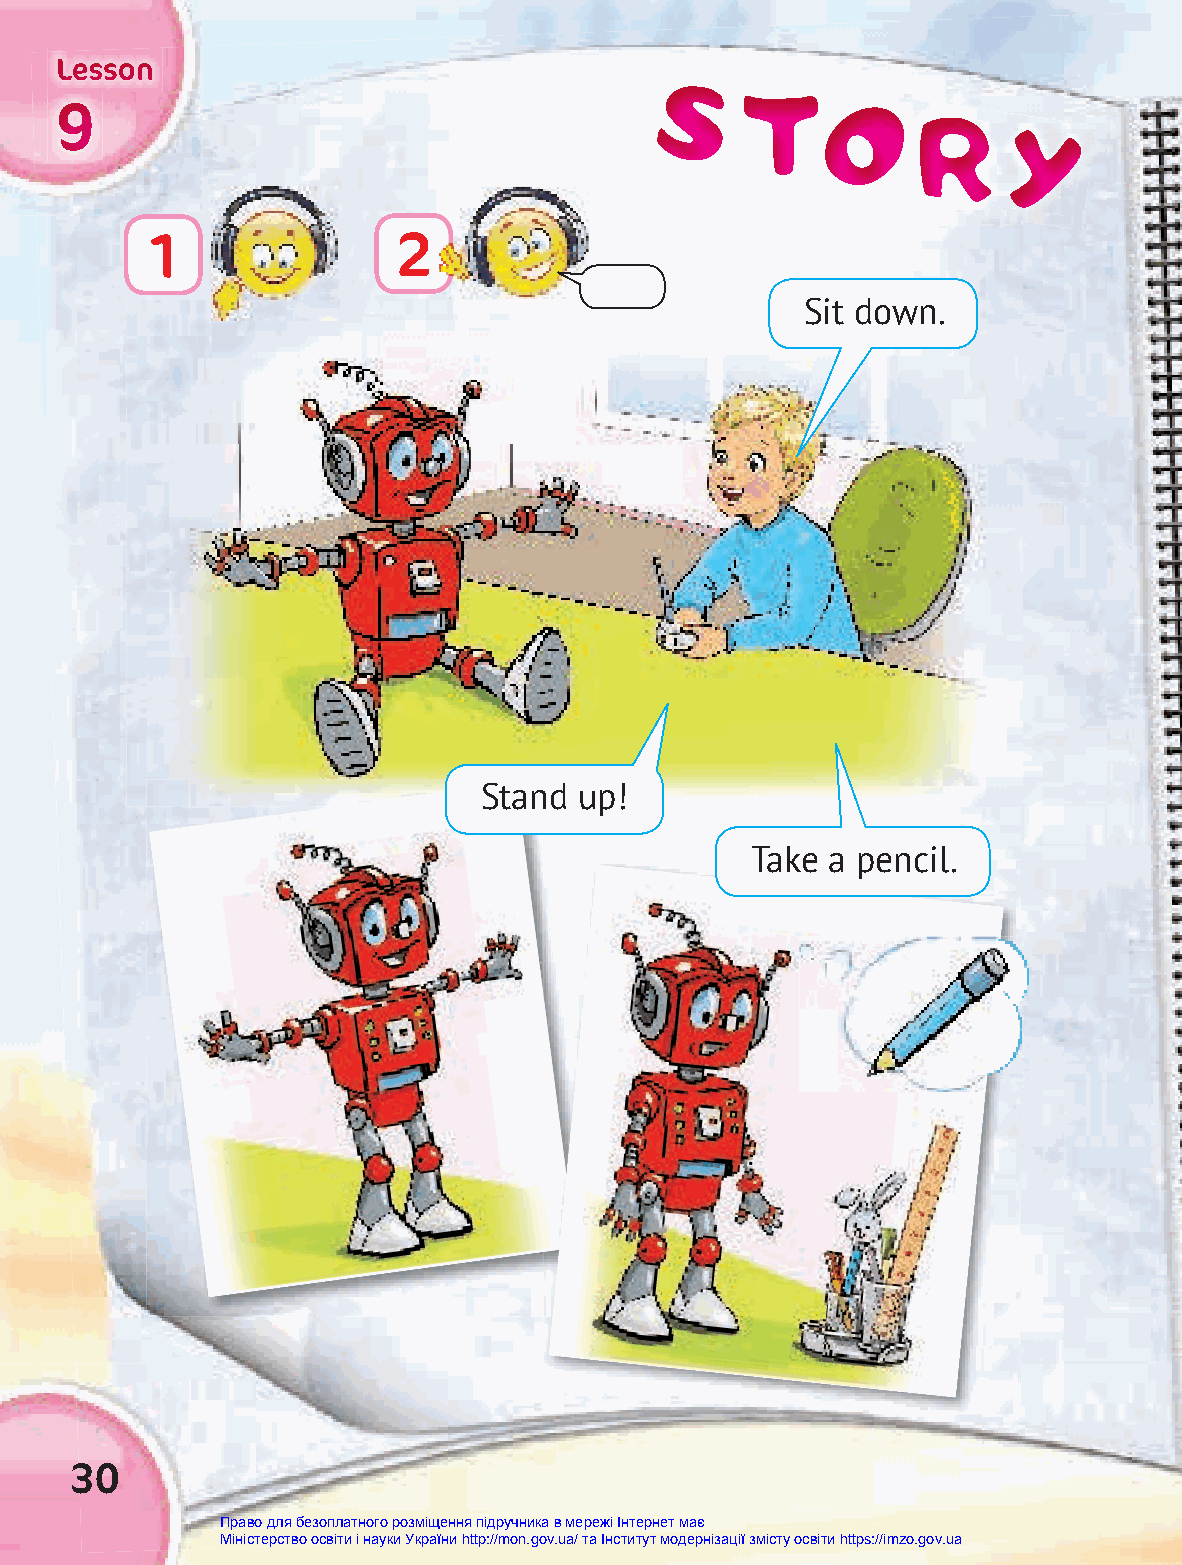
LLLeeessssssooonnn                     SSS
 TTT
 OOO
 999                                                     RRR
 YYY
 1               2
 Sit down.
 Stand up!
 Take a pencil.
 30
 Право для безоплатного розміщення підручника в мережі Інтернет має
 Міністерство освіти і науки України http://mon.gov.ua/ та Інститут модернізації змісту освіти https://imzo.gov.ua